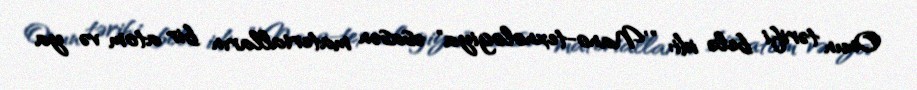
Onun tərifi belə idi: "'Nano-texnologiya" əsasən materialların bir atom və ya